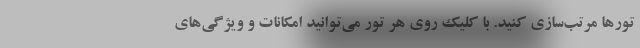
تورها مرتب‌سازی کنید. با کلیک روی هر تور می‌توانید امکانات و ویژگی‌های